Document type: Emphyteutic lease
Year: 1274
Scribe: Pere Marquès
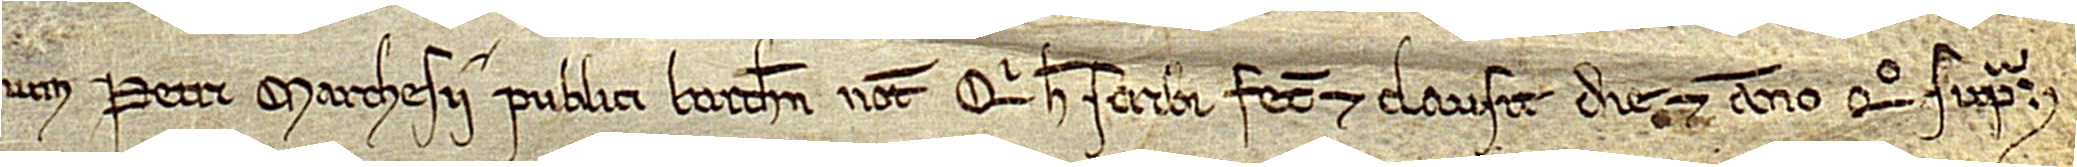
num Petri Marchesii, publici Barchinone notarii, qui hec scribi fecit et clausit die et anno quo supra.